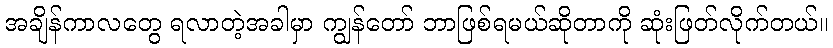
အချိန်ကာလတွေ ရလာတဲ့အခါမှာ ကျွန်တော် ဘာဖြစ်ရမယ်ဆိုတာကို ဆုံးဖြတ်လိုက်တယ်။